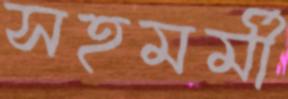
সহমর্মী